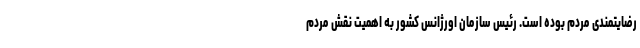
رضایتمندی مردم بوده است. رئیس سازمان اورژانس کشور به اهمیت نقش مردم